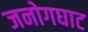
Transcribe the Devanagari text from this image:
जनोगघाट